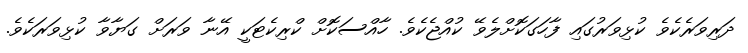
ދަރިވަރެކެވެ ކުޅިވަރުގައި ފާހަގަކޮށްލެވޭ ކުއްޖެކެވެ. ހާއްސަކޮށް ކްރިކެޓަކީ އޭނާ ވަރަށް ގަޔާވާ ކުޅިވަރަކެވެ.